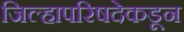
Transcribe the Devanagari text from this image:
जिल्हापरिषदेकडून